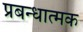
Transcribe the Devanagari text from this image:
प्रबन्धात्मक